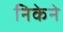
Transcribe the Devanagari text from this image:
निकेने